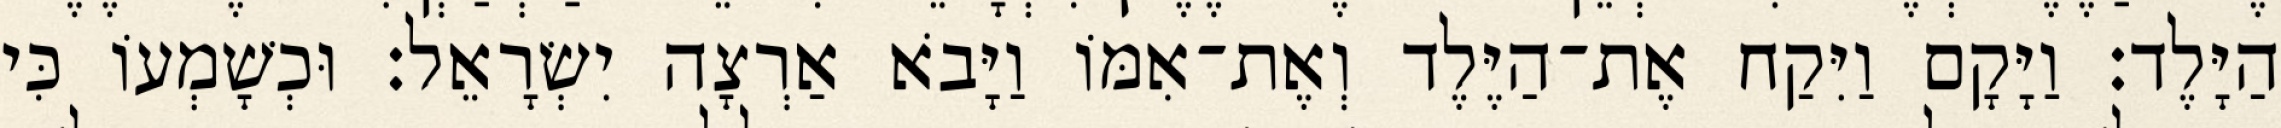
הַיָּלֶד׃ וַיָּקָם וַיִּקַח אֶת־הַיֶּלֶד וְאֶת־אִמּוֹ וַיָּבֹא אַרְצָה יִשְׂרָאֵל׃ וּכְשָׁמְעוֹ כִּי